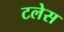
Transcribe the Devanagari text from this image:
टलेस